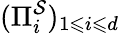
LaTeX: (\Pi_{i}^{\mathcal{S}})_{1\leqslant i\leqslant d}